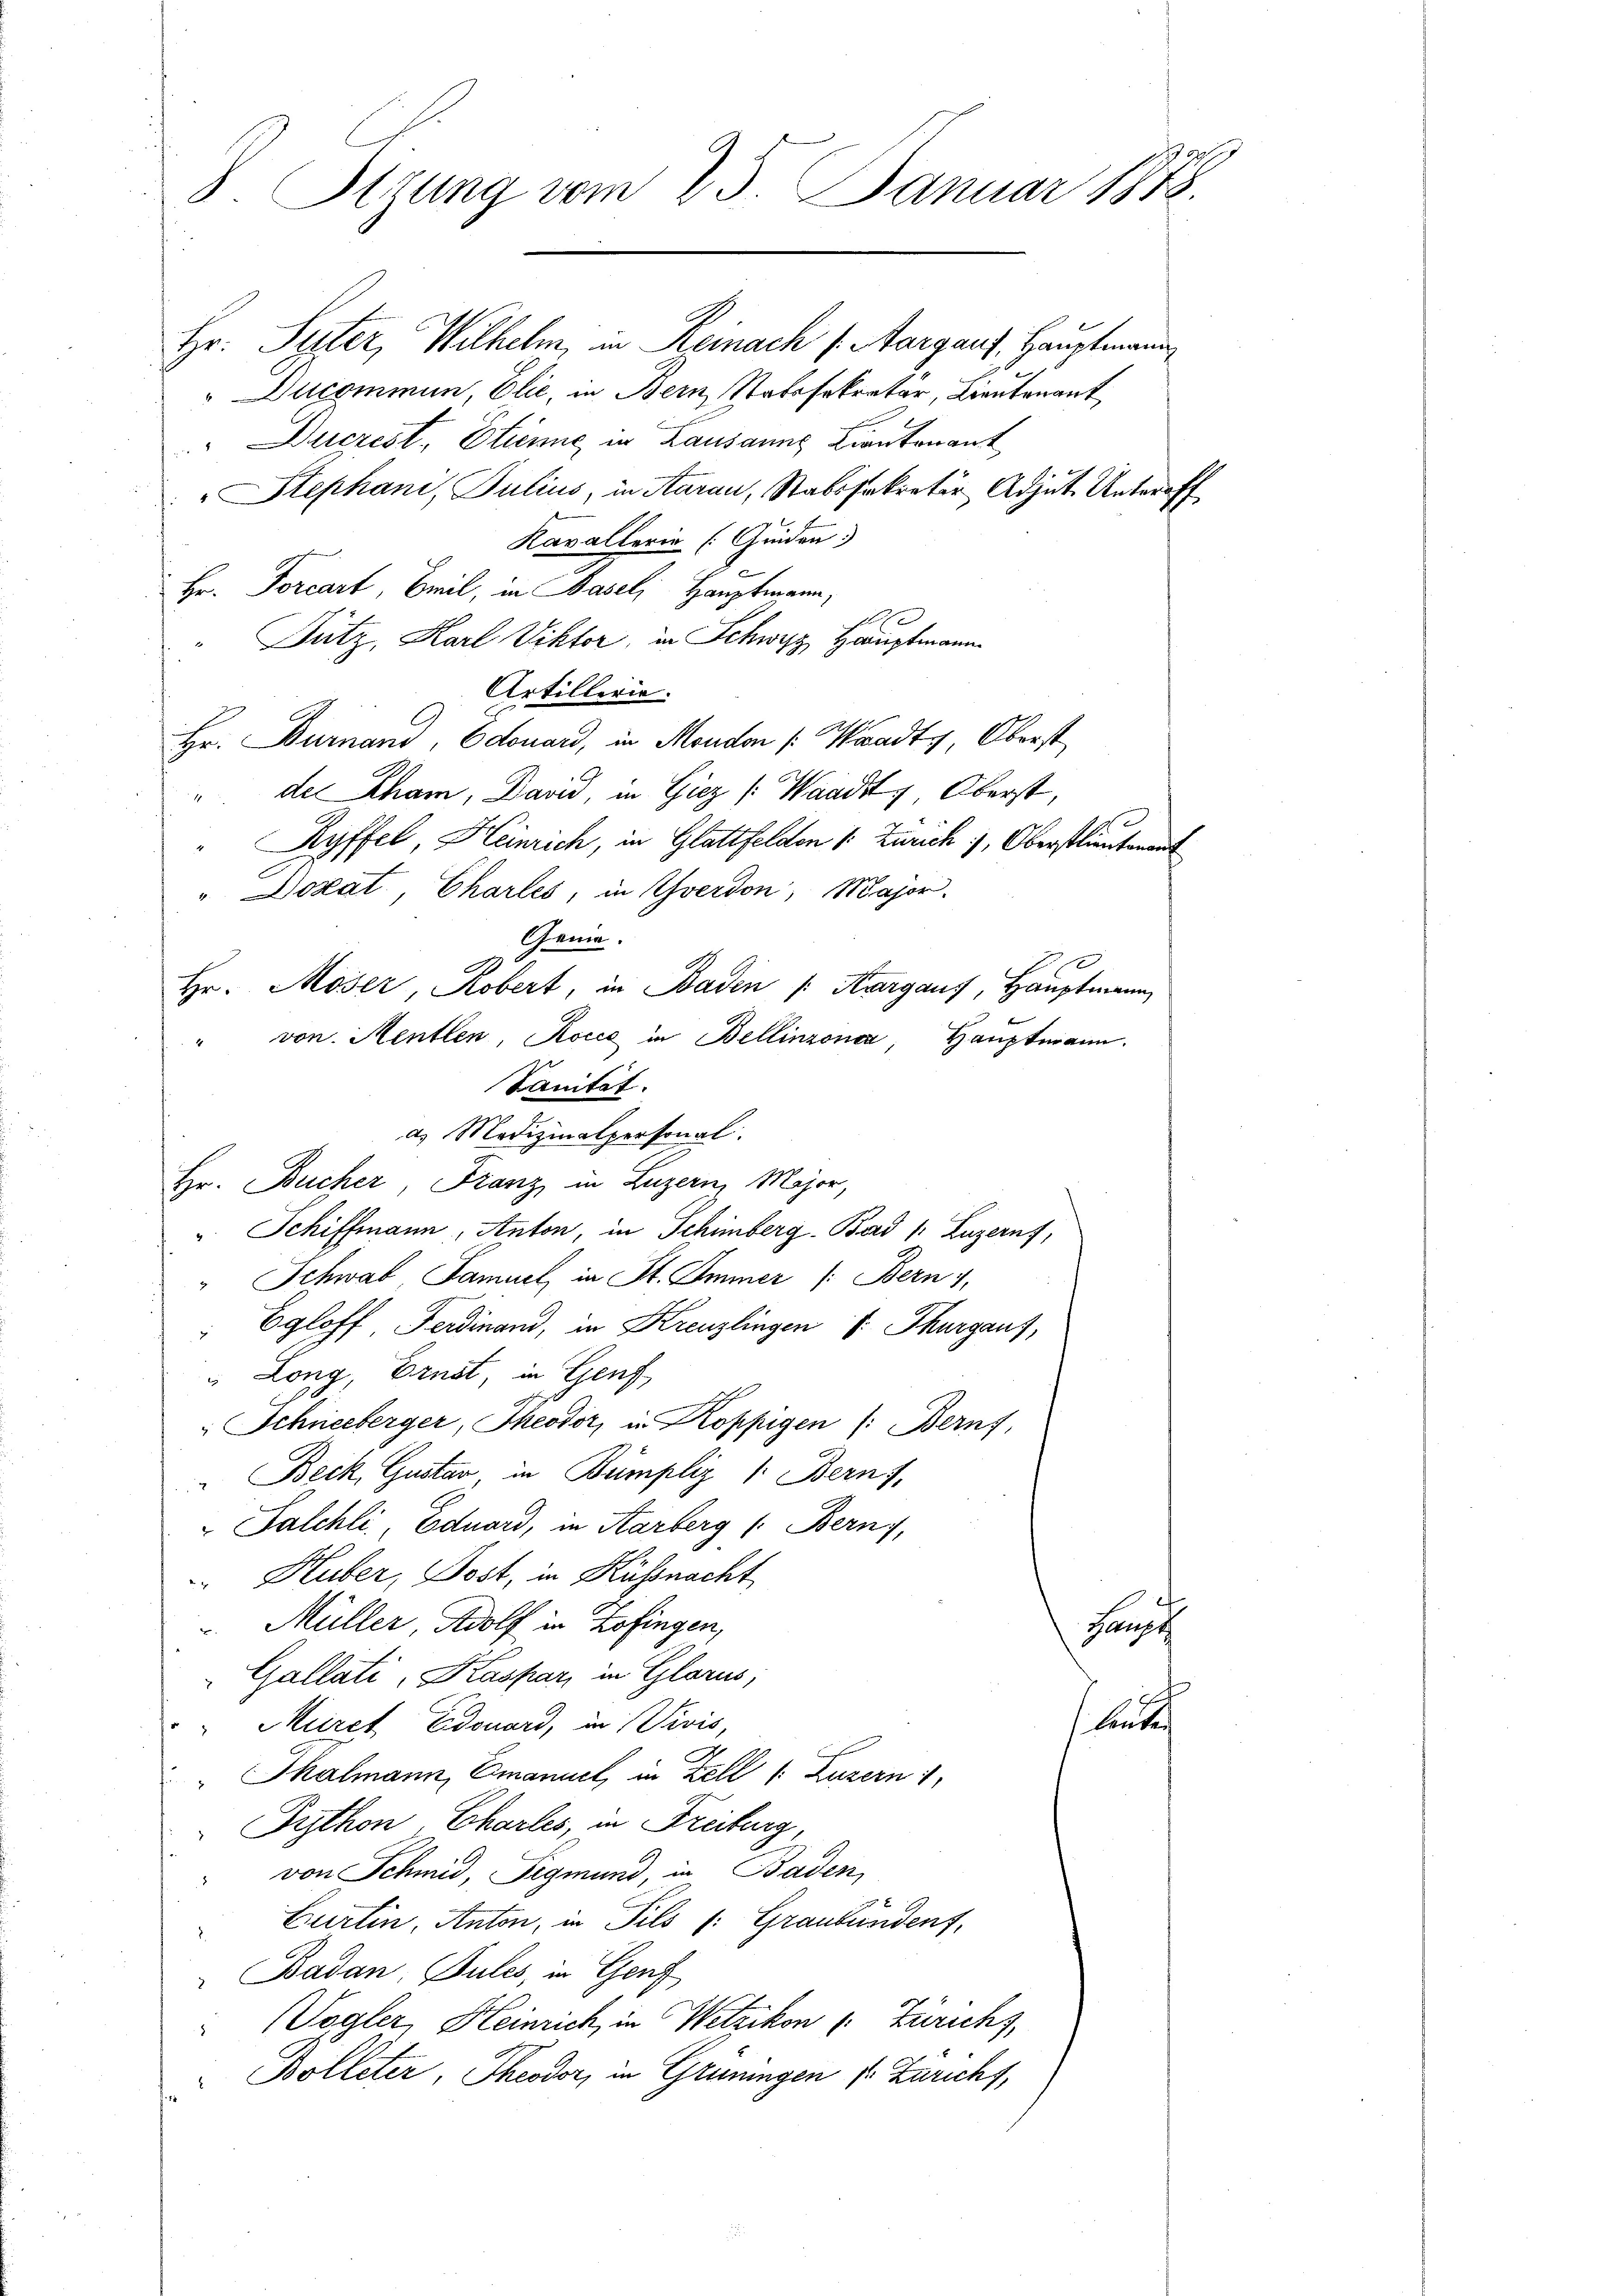
ag
8. Stzung vom 25. Januar 1878.

Hr. Suter, Wilhelm, in Reinach (Aargauf, Hauptmann
"Ducommun, Elie, in Bern Statssekretär, Bautenant
"Duczest, Etienne, in Lausanns Cantonant
Stephani, Julius, in Aarau, Stabssekretär Adjut. Unteroff
Kavallerie (Guiden
Hr. Forcart Emil, in Basel, Hauptmann,
Fütz, Karl Viktor, in Schweiz, Hauptmann
Artillerie.
Hr. Burnand, Edouard, in Moudon (Waadt, Oberst
" de Rham, David, in Giez [Waadt, Oberst,
" Ryffel, Heinrich, in Glattfelden 1: Zürich, Oberstlieutenant
"Dozat, Charles, in Yverdon, Major.
Genie.
Hr. Moser, Kobert, in Badin /: Margaus, Hauptmann
" von Mentlen Kocić in Bellinzona, Hauptmann.
Sanität.
a. Medizinalpersonal.
Hr. Bucher Franz in Luzern, Major,
" Schiffmann, Anton, in Schimberg. Bord /: Luzern,
" Schwab Samuel in St. Immer (Bern,
" Egloff Ferdinand, in Kreuzlingen s. Thurgaus,
" Long, Ernst, in Genf
Schneeberger, Theodor, in Koppigen (: Bern,
" Beck, Gustar, in Bumpliz . Bern),
"Salchli, Eduard, in Aarberg (: Bern,
 Huber, Post, in Küssnacht
Müller, Adolf in Zofingen,
e
Fansch
Gallati, Kaspar, in Glarus,
sleute
Müret Edouard, in Divis,
"Thalmann, Emanuel, in Zell (Luzern 1
Python Charles, in Freiburg
von Schmid, Sigmund, in Baden,
 Curtin, Anton, in Pils (: Graubünden,
Badan, Sules, in Genf
Vogler, Heinrich, in Wetzikon (: Zürichs,
Bolleter, Theodor, in Grüningen 1. Zuricht,